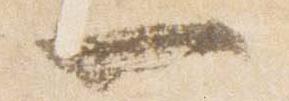
一